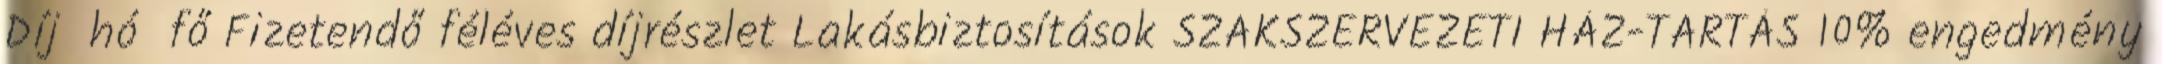
Díj hó fő Fizetendő féléves díjrészlet Lakásbiztosítások SZAKSZERVEZETI HÁZ-TARTÁS 10% engedmény